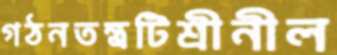
গঠনতন্ত্রটিশ্রীনীল